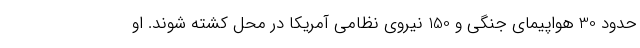
حدود 30 هواپیمای جنگی و 150 نیروی نظامی آمریکا در محل کشته شوند. او